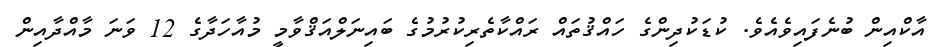
އާކްއިން ބުނެފައިވެއެވެ. ކުޑަކުދިންގެ ހައްޤުތައް ރައްކާތެރިކުރުމުގެ ބައިނަލްއަޤްވާމީ މުއާހަދާގެ 12 ވަނަ މާއްދާއިން